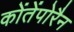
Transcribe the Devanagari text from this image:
कोंतेंपोरैन